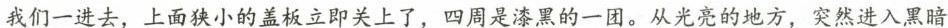
我们一进去，上面狭小的盖板立即关上了，四周是漆黑的一团。从光亮的地方，突然进入黑暗